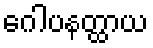
ဂေါပနတ္ထာယ